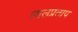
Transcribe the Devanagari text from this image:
लालप्रताप